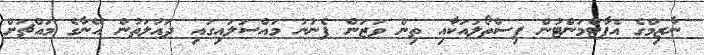
ނާޒިމްގެ އެޕާޓްމަންޓުން ފިސްތޯލައަކާއި ތިން ވަޒަން ފެނުނު މައްސަލައިގައި ދައުލަތުން އޭނާގެ މައްޗަށް